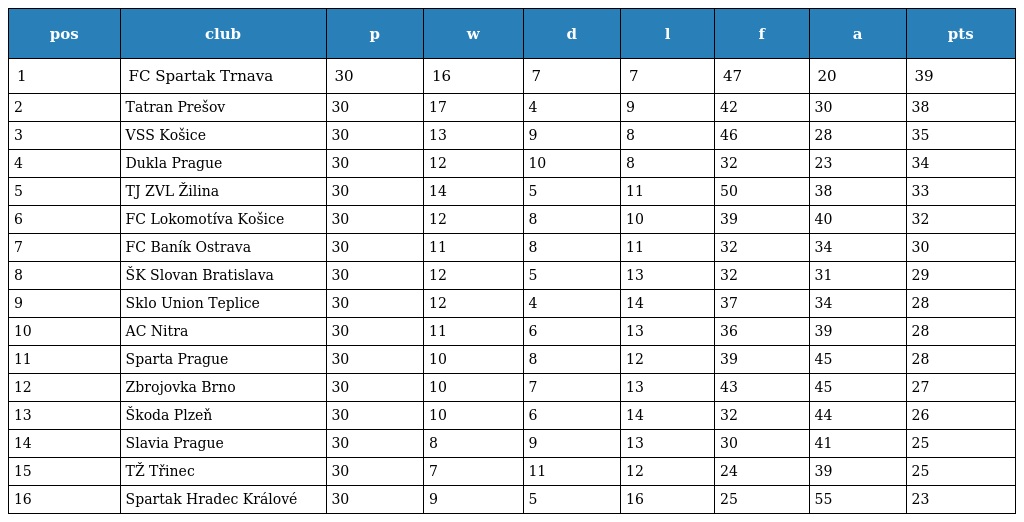
| pos | club | p | w | d | l | f | a | pts |
 | --- | --- | --- | --- | --- | --- | --- | --- | --- |
 | 1 | FC Spartak Trnava | 30 | 16 | 7 | 7 | 47 | 20 | 39 |
 | 2 | Tatran Prešov | 30 | 17 | 4 | 9 | 42 | 30 | 38 |
 | 3 | VSS Košice | 30 | 13 | 9 | 8 | 46 | 28 | 35 |
 | 4 | Dukla Prague | 30 | 12 | 10 | 8 | 32 | 23 | 34 |
 | 5 | TJ ZVL Žilina | 30 | 14 | 5 | 11 | 50 | 38 | 33 |
 | 6 | FC Lokomotíva Košice | 30 | 12 | 8 | 10 | 39 | 40 | 32 |
 | 7 | FC Baník Ostrava | 30 | 11 | 8 | 11 | 32 | 34 | 30 |
 | 8 | ŠK Slovan Bratislava | 30 | 12 | 5 | 13 | 32 | 31 | 29 |
 | 9 | Sklo Union Teplice | 30 | 12 | 4 | 14 | 37 | 34 | 28 |
 | 10 | AC Nitra | 30 | 11 | 6 | 13 | 36 | 39 | 28 |
 | 11 | Sparta Prague | 30 | 10 | 8 | 12 | 39 | 45 | 28 |
 | 12 | Zbrojovka Brno | 30 | 10 | 7 | 13 | 43 | 45 | 27 |
 | 13 | Škoda Plzeň | 30 | 10 | 6 | 14 | 32 | 44 | 26 |
 | 14 | Slavia Prague | 30 | 8 | 9 | 13 | 30 | 41 | 25 |
 | 15 | TŽ Třinec | 30 | 7 | 11 | 12 | 24 | 39 | 25 |
 | 16 | Spartak Hradec Králové | 30 | 9 | 5 | 16 | 25 | 55 | 23 |